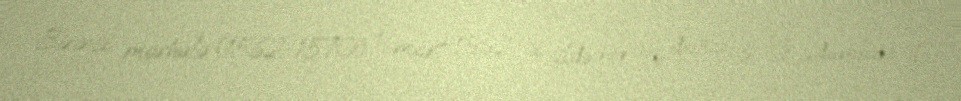
Birinci mərhələ (1562-1570) 1 mart 1562-ci ildə hersoq de Giz öz adamları ilə